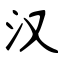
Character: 汉